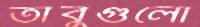
তাঁবুগুলো